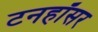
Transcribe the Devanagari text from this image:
टनहॉसर